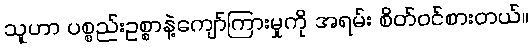
သူဟာ ပစ္စည်းဥစ္စာနဲ့ကျော်ကြားမှုကို အရမ်း စိတ်ဝင်စားတယ်။